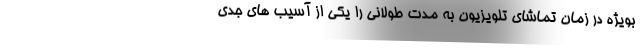
بویژه در زمان تماشای تلویزیون به مدت طولانی را یکی از آسیب های جدی